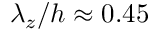
\lambda _ { z } / h \approx 0 . 4 5